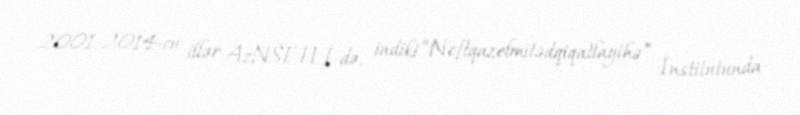
2001-2014-cü illər AzNSETLİ-də, indiki “Neftqazelmitədqiqatlayihə” İnstitutunda